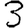
Digit: 3